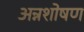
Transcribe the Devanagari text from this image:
अन्नशोषण